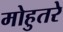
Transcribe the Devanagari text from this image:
मोहुतरे